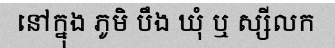
នៅក្នុង ភូមិ បឹង ឃុំ ឬ ស្សីលក